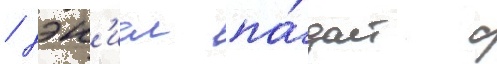
/ дэн'иел па́дает с